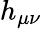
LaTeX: h_{\mu\nu}